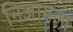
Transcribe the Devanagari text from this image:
निजामला